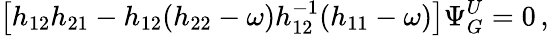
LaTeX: \left[h_{12}h_{21}-h_{12}(h_{22}-\omega)h_{12}^{-1}(h_{11}-\omega)\right]\Psi_{G}^{U}=0\, ,